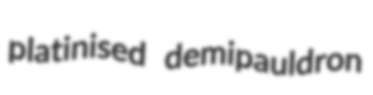
platinised demipauldron